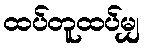
ထပ်တူထပ်မျှ